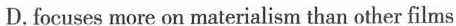
D.focuses more on materialism than other films